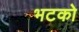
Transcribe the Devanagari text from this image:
भटको